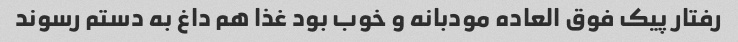
رفتار پیک فوق العاده مودبانه و خوب بود غذا هم داغ به دستم رسوند